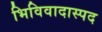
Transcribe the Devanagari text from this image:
भिविवादास्पद